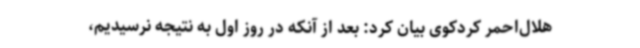
هلال‌احمر کردکوی بیان کرد: بعد از آنکه در روز اول به نتیجه نرسیدیم،